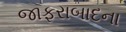
જાફરાબાદના